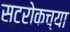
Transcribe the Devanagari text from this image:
स्ट्रोकच्या